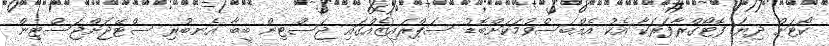
ކޯޓަށް ދިޔަ ފޮޓޯގްރާފަރަކާ އެކު އެއްބަސްވުމަކަށްބޮޑު ސަޕްރައިޒެއްގައި ޖަސްޓިން ބީބާ އެނބުރި ސްޓޭޖަށްޖަސްޓިން